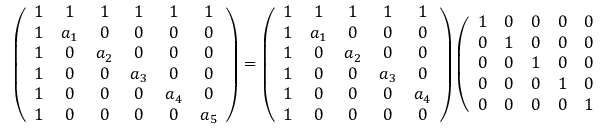
\left( \begin{array} { c c c c c c } { { 1 } } & { { 1 } } & { { 1 } } & { { 1 } } & { { 1 } } & { { 1 } } \\ { { 1 } } & { { a _ { 1 } } } & { { 0 } } & { { 0 } } & { { 0 } } & { { 0 } } \\ { { 1 } } & { { 0 } } & { { a _ { 2 } } } & { { 0 } } & { { 0 } } & { { 0 } } \\ { { 1 } } & { { 0 } } & { { 0 } } & { { a _ { 3 } } } & { { 0 } } & { { 0 } } \\ { { 1 } } & { { 0 } } & { { 0 } } & { { 0 } } & { { a _ { 4 } } } & { { 0 } } \\ { { 1 } } & { { 0 } } & { { 0 } } & { { 0 } } & { { 0 } } & { { a _ { 5 } } } \end{array} \right) = \left( \begin{array} { c c c c c } { { 1 } } & { { 1 } } & { { 1 } } & { { 1 } } & { { 1 } } \\ { { 1 } } & { { a _ { 1 } } } & { { 0 } } & { { 0 } } & { { 0 } } \\ { { 1 } } & { { 0 } } & { { a _ { 2 } } } & { { 0 } } & { { 0 } } \\ { { 1 } } & { { 0 } } & { { 0 } } & { { a _ { 3 } } } & { { 0 } } \\ { { 1 } } & { { 0 } } & { { 0 } } & { { 0 } } & { { a _ { 4 } } } \\ { { 1 } } & { { 0 } } & { { 0 } } & { { 0 } } & { { 0 } } \end{array} \right) \left( \begin{array} { c c c c c c } { { 1 } } & { { 0 } } & { { 0 } } & { { 0 } } & { { 0 } } & { { k } } \\ { { 0 } } & { { 1 } } & { { 0 } } & { { 0 } } & { { 0 } } & { { - \ell _ { 1 } } } \\ { { 0 } } & { { 0 } } & { { 1 } } & { { 0 } } & { { 0 } } & { { - \ell _ { 2 } } } \\ { { 0 } } & { { 0 } } & { { 0 } } & { { 1 } } & { { 0 } } & { { - \ell _ { 3 } } } \\ { { 0 } } & { { 0 } } & { { 0 } } & { { 0 } } & { { 1 } } & { { - \ell _ { 4 } } } \end{array} \right) .